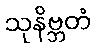
သုနိဗ္ဘတံ